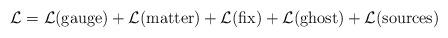
LaTeX: \begin{align*}{\cal L}={\cal L}(\mbox{gauge})+ {\cal L}(\mbox{matter}) + {\cal L}(\mbox{fix})+ {\cal L}(\mbox{ghost}) + {\cal L}(\mbox{sources})\end{align*}